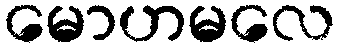
မောဟမလေ